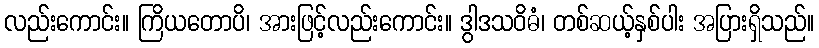
လည်းကောင်း။ ကြိယတောပိ၊ အားဖြင့်လည်းကောင်း။ ဒွါဒသဝိဓံ၊ တစ်ဆယ့်နှစ်ပါး အပြားရှိသည်။